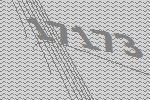
17173